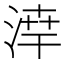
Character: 𪶗